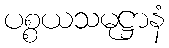
ပစ္စယသမုဋ္ဌာနံ